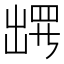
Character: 𫥧